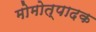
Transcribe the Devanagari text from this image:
मोमोत्पादक